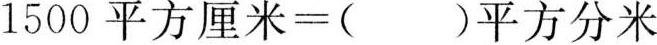
1500平方厘米=( )平方分米